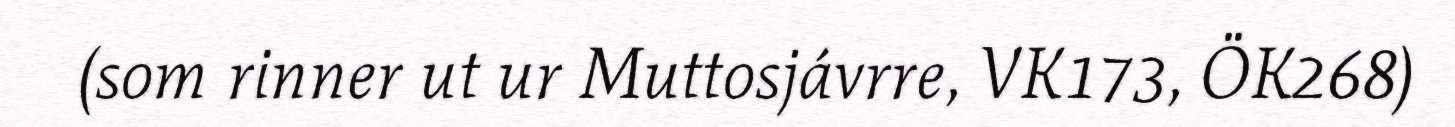
(som rinner ut ur Muttosjávrre, VK173, ÖK268)